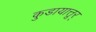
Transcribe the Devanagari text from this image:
कुडायात्तूर्